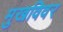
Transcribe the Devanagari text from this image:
मुखविवर